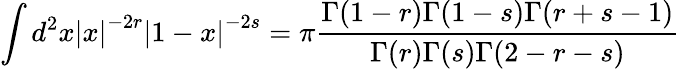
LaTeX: \int d^{2}x\left|x\right|^{-2r}\left|1-x\right|^{-2s}=\pi\frac{\Gamma(1-r)\Gamma(1-s)\Gamma(r+s-1)}{\Gamma(r)\Gamma(s)\Gamma(2-r-s)}